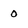
Character: 0